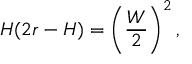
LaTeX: H ( 2 r - H ) = \left( { \frac { W } { 2 } } \right) ^ { 2 } ,